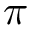
\pi